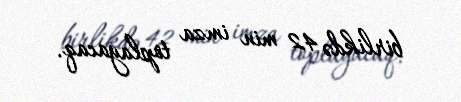
birlikdə 42 min imza toplayacaq.